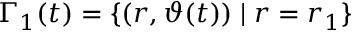
\Gamma _ { 1 } ( t ) = \{ ( r , \vartheta ( t ) ) \; \vert \; r = r _ { 1 } \}